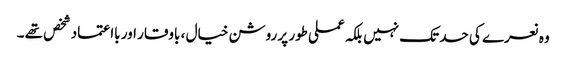
وہ نعرے کی حد تک نہیں بلکہ عملی طور پر روشن خیال ، باوقار اور بااعتماد شخص تھے ۔